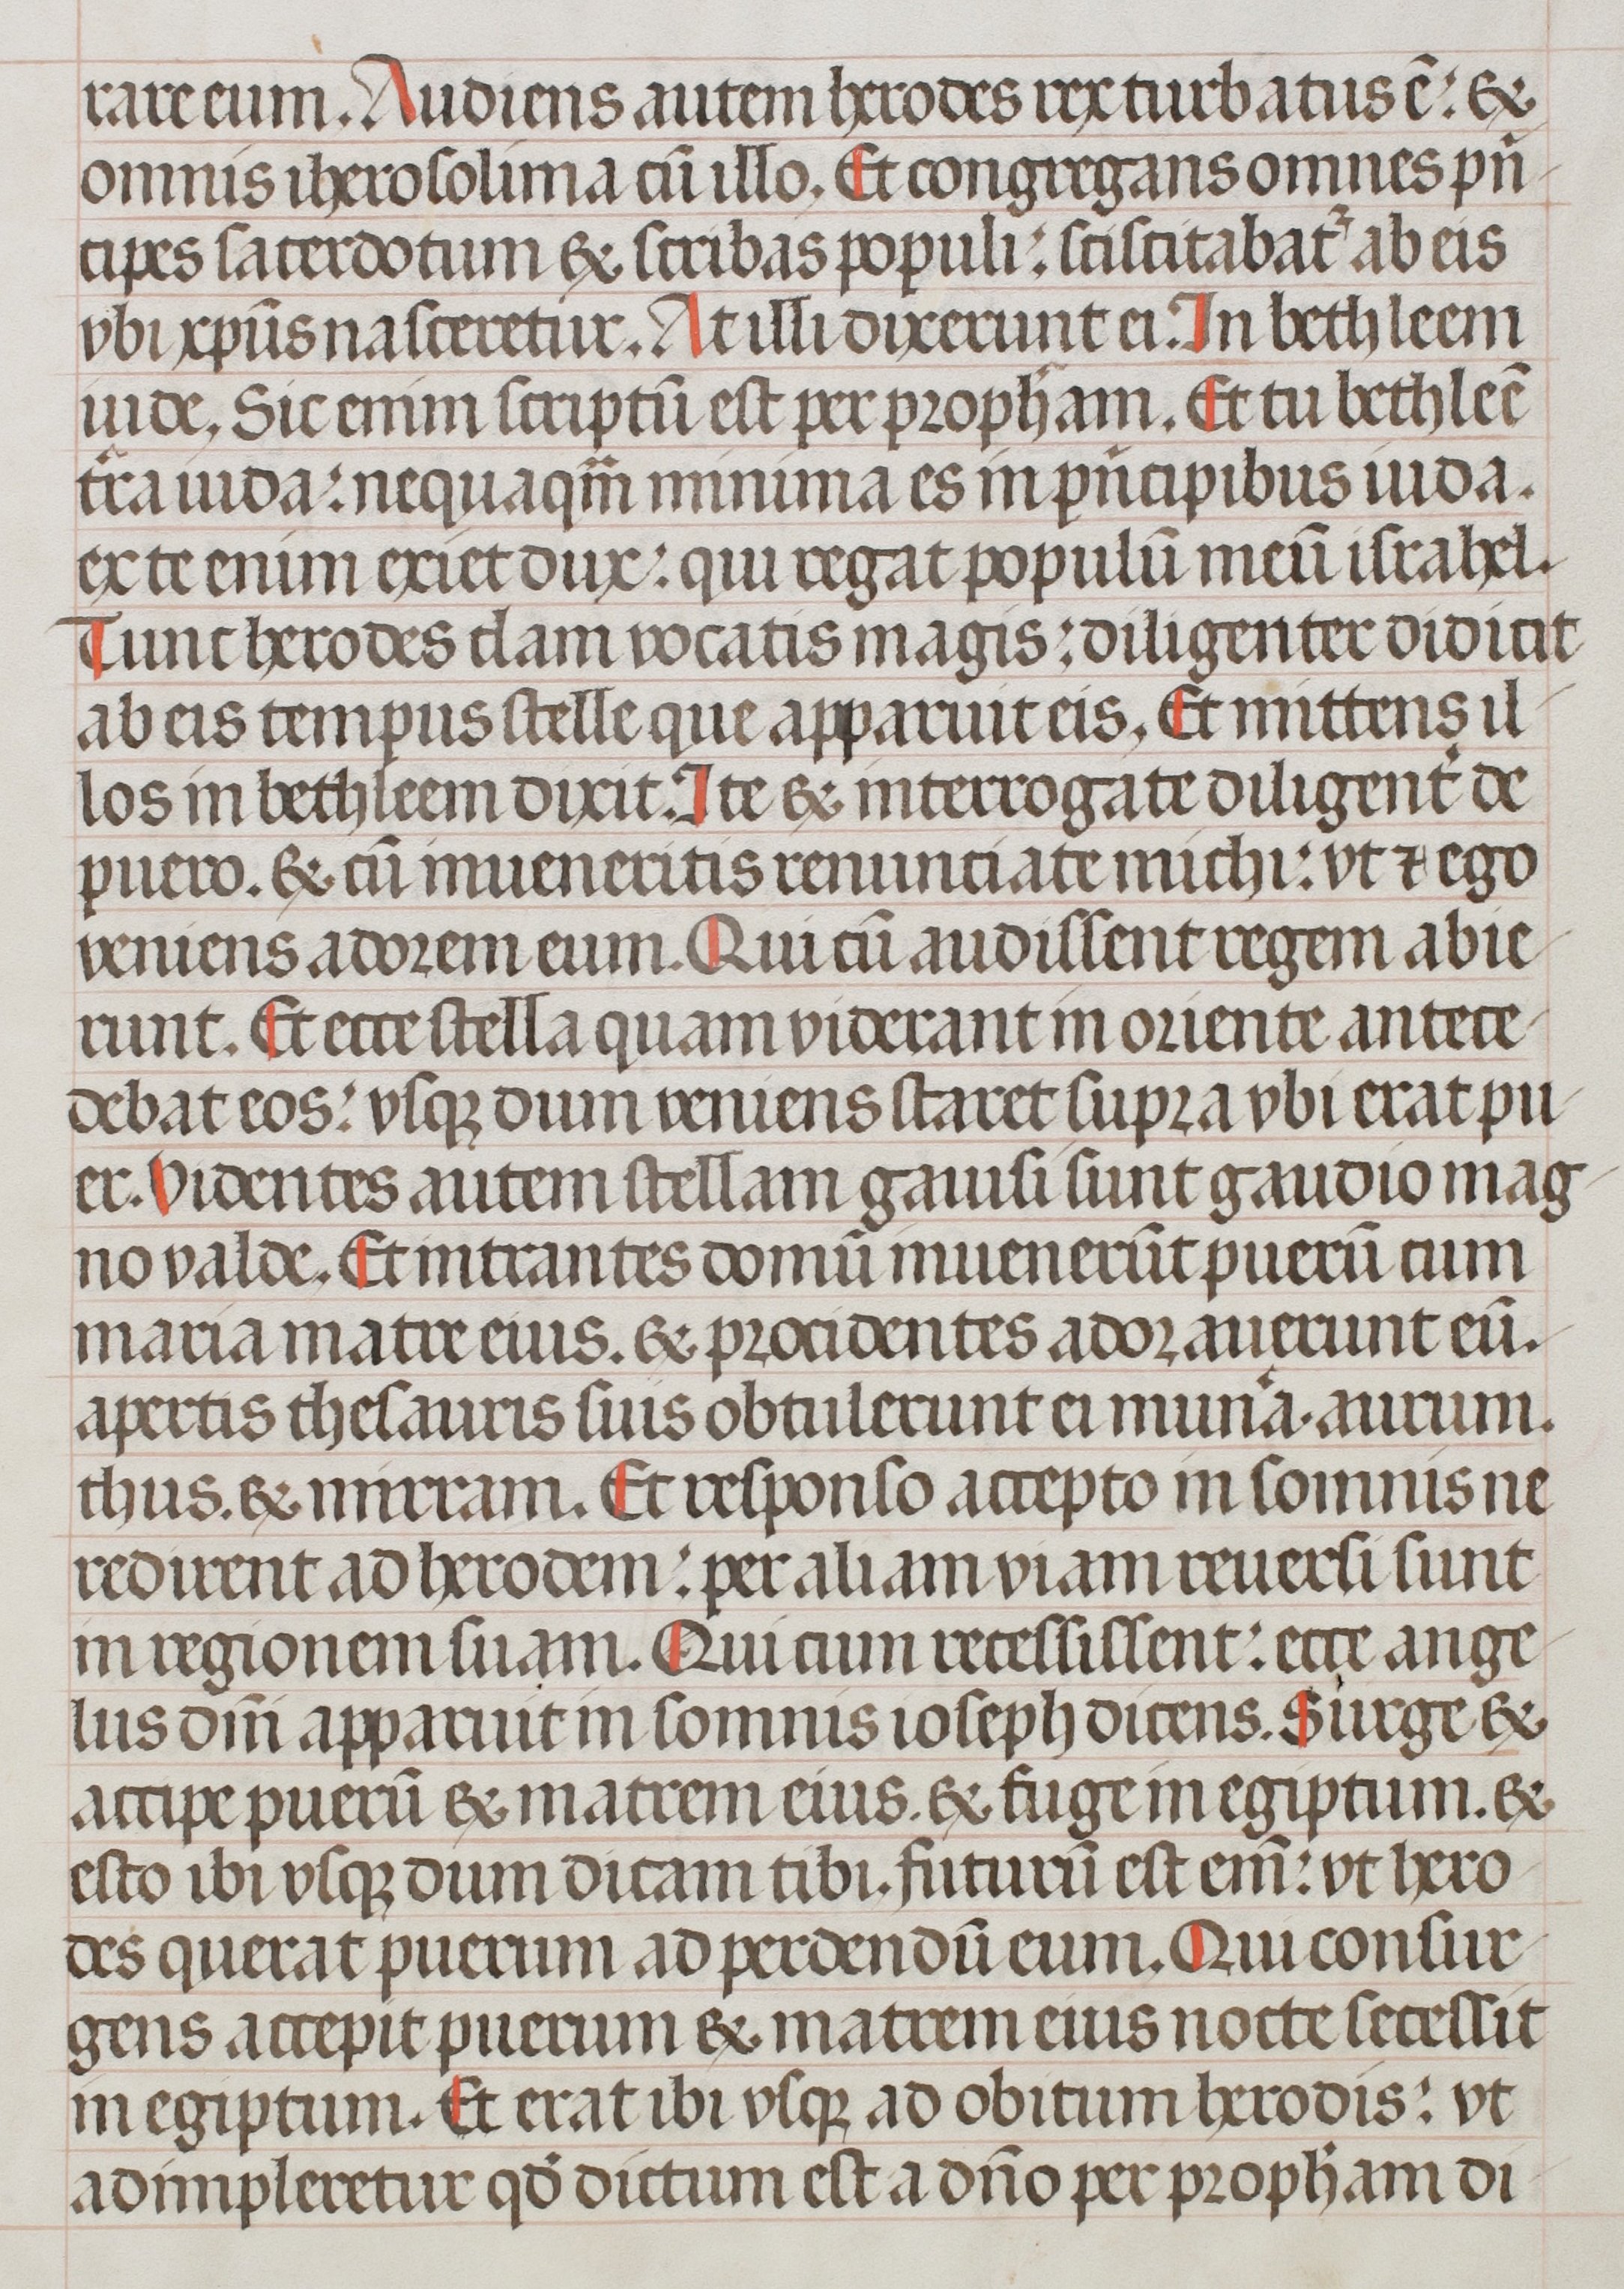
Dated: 1400–1499